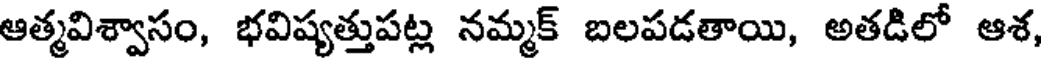
ఆత్మవిశ్వాసం, భవిష్యత్తుపట్ల నమ్మక్ బలపడతాయి, అతడిలో ఆశ,